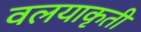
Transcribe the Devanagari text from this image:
वलयाकृती